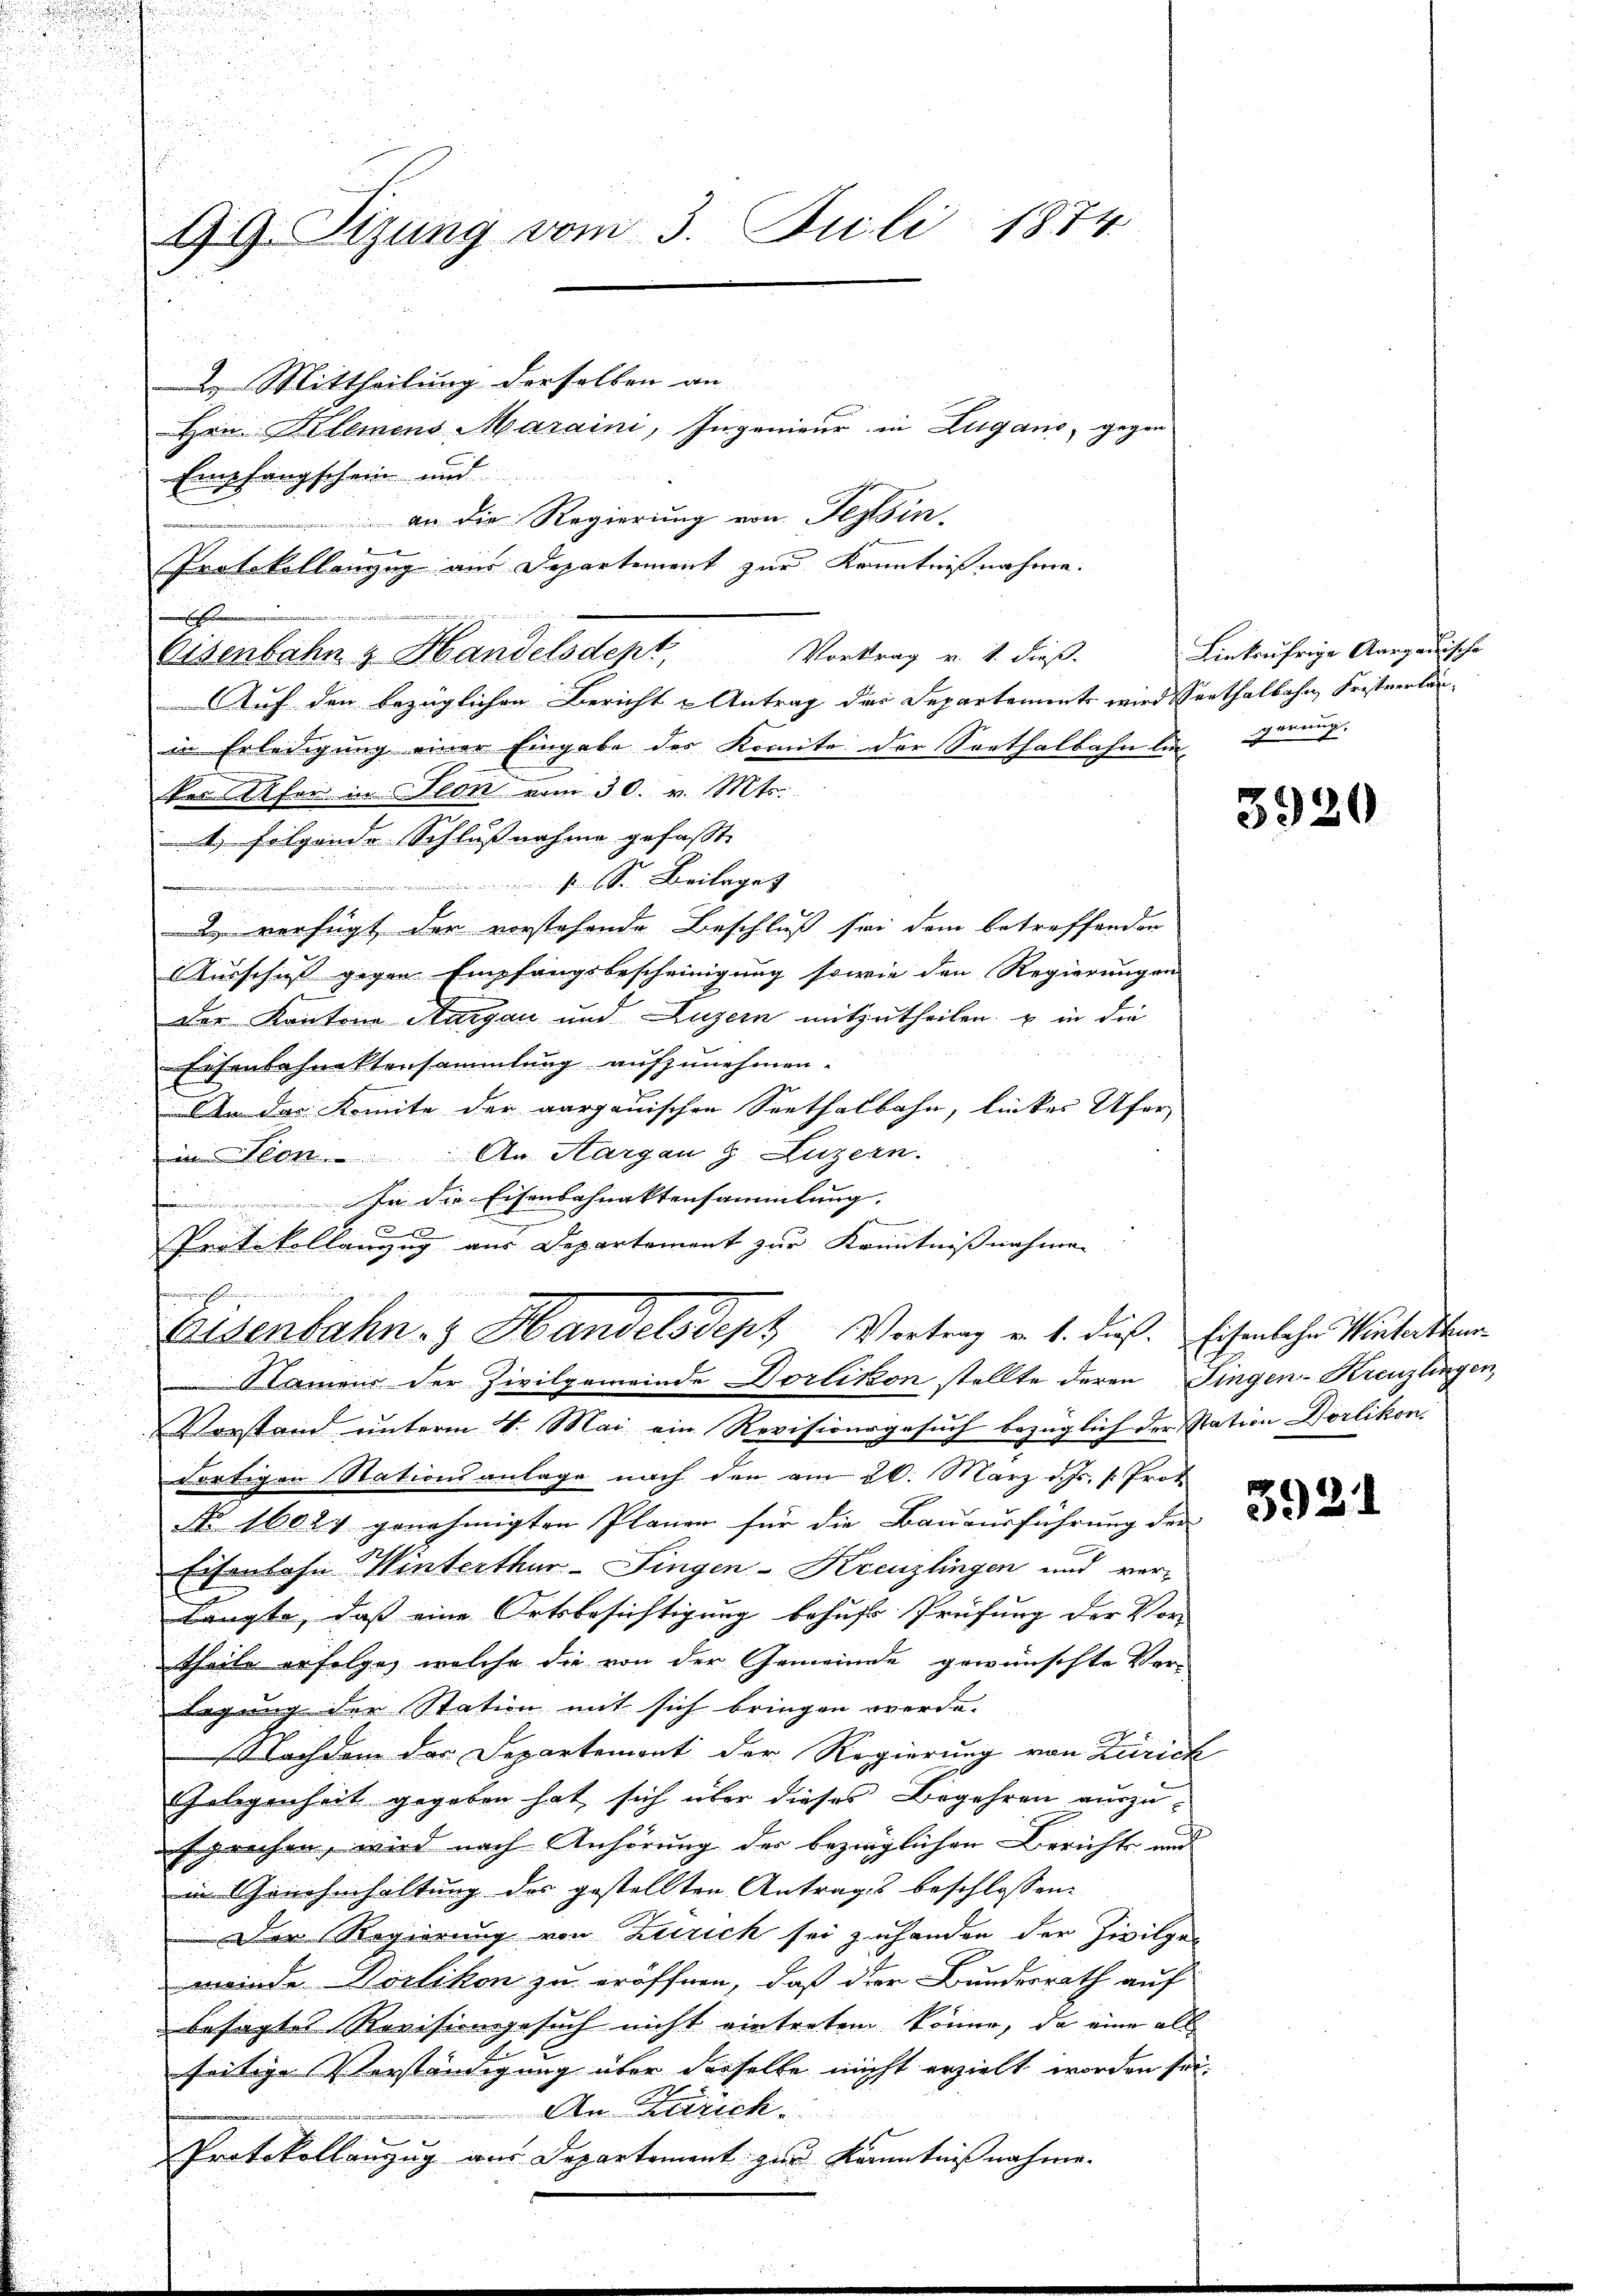
99. Tizung vom 3. Juli 1874

2. Mittheilung derselben an
Hrn. Kellmens Maraini, Ingenieur in Zugano, gegen
Empfangschein und
an die Regierung von Tessin.
e
Protokollanzug aus Departement zur Kenntnißnahme.
 innerte Bunden in de

Vortrag v. 1. dieß.
Eisenbahn & Handelsdept
Auf den bezüglichen Bericht u Antrag das Separtements wird Seethalbahn, Fristverlänin Erledigung einer Eingabe des Komite der Sorthalbahn liegerung.
ker Ufer in Slon vom 30. v. Mts.
4. folgende Schlußnahme gefasst,
unenden sein Se. Beilages
2 verfügt der vorstehende Beschluß sei dem betreffenden
Ausschieß gegen Empfangsbescheinigung sowie den Regierungen
der Kantons Aargau und Luzern mitzutheilen u in die
Eisenbahnaktensammlung aufzunehmen.
m das Komite der aargauischen Seethalbahn, lückes Ufer
in Dion. An Margau § Luzern.
In die Eisenbahnaktensammlung.
Protokollanzug aus Departement zur Kenntnißnahmen
.
Eisenbahn- & Handelsdept Vortrag v. 1. dieß. Eisenlohn Winterthur
Namens der Zivilgemeinde Dorlikon stellte deren Fingen-Kreuzlingen
Vorstand unterm 4. Mai ein Revisionsgesuch bezüglich der Nation Dorlikon
dortigen Stationsanlage nach den am 26. März d. Js. v. Prot
No 16024 genehmigten Plänen für die Bauausführung der
Eisenlohn Winterthur-Fingen-Kreuzlingen und verlängte, daß eine Ortsbesichtigung behufs Prüfung der Vor-
Theile erfolge, welche die von der Gemeinde gewünschte Ver-
legung der Station mit sich bringen werde.
Nachdem der Departement der Regierung von Zürich
Gelegenheit gegeben hat sich über dieses Begehren auszu-
sprochen, wird nach Anhörung der bezüglichen Berichts und
in Genehmhaltung des gestellten Antrages beschlossen:
Der Regierung von Zürich sei zu handen der Zivilge
meinde Dorlikon zu eröffnen, daß der Bundesrath auf
besagtes Revisionsgesuch nicht eintreten könne, da eine all
seitige Verständigung über derselbe nicht erzielt worden sei.
An Zizenk
Protokollanzug aus Departement zur Kenntnißnahme.

Linkufrige Aargauische

3920

.
3921.